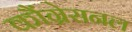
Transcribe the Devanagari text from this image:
कौंग्रेसनल